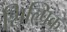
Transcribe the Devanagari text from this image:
शिल्पिक